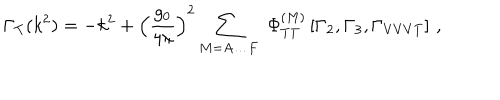
LaTeX: \Gamma _ { T } ( k ^ { 2 } ) = - k ^ { 2 } + \left( \frac { g _ { 0 } } { 4 \pi } \right) ^ { 2 } \sum _ { M = A \ldots F } \, \, \Phi _ { T T } ^ { ( M ) } \left[ \Gamma _ { 2 } , \Gamma _ { 3 } , \Gamma _ { V V V T } \right] \, ,